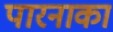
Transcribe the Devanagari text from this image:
पारनाका